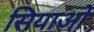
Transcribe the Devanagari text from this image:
सियाओ